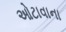
ઓટાવાના